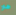
هو